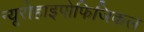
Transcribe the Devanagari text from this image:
न्यूरोहाइपोफिजिकल